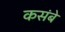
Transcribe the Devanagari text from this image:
कसंबे